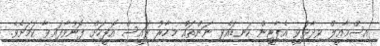
އިސްމާއީލް ވިދާޅުވީ އެޕާޓީން ކަނޑައެޅި ނަންތައް މިހާރު ރައީސް އޮފީހަށް ފޮނުވާފައިވާ ކަމަށެވެ.